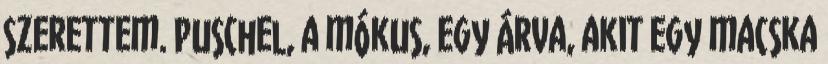
szerettem. Puschel, a mókus, egy árva, akit egy macska